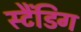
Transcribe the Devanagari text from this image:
स्टैंडिग